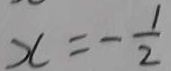
x = - \frac { 1 } { 2 }